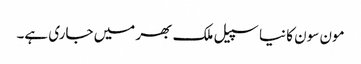
مون سون کا نیا سپیل ملک بھر میں جاری ہے۔